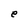
Character: e